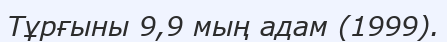
Тұрғыны 9,9 мың адам (1999).